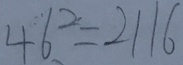
4 6 ^ { 2 } = 2 1 1 6